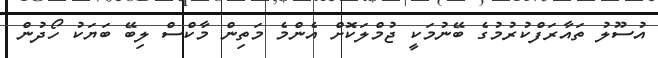
އުސޫލު ތައާރަފްކުރުމުގެ ބޭނުމަކީ ޖުމްލަކޮށް އެންމެ މަތިން މާކްސް ލިބޭ ބަޔަކު ހޯދުން